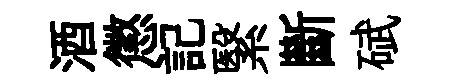
酒懲記繄斷碔